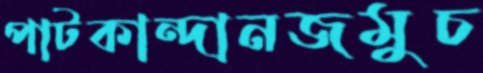
পাটকান্দানজমুচ